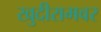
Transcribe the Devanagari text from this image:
खुदीरामवर